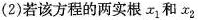
(2)若该方程的两实根x_{1}和x_{2}